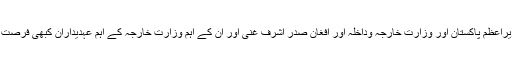
تجویز ہے کہ وزیراعظم پاکستان اور وزارت خارجہ وداخلہ اور افغان صدر اشرف غنی اور ان کے اہم وزارت خارجہ کے اہم عہدیداران کبھی فرصت پاکر پڑھ ہی لیں۔